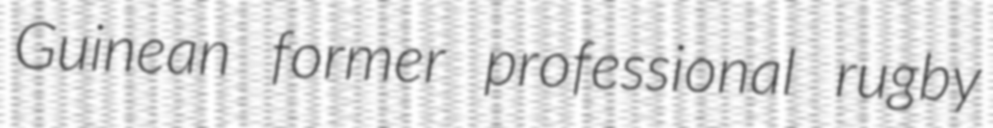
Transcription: Guinean former professional rugby